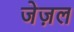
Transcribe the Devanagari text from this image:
जेज़ल